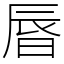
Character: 㫳